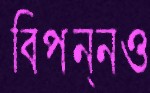
বিপন্নও